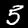
Label: 5